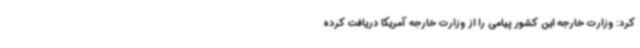
کرد: وزارت خارجه این کشور پیامی را از وزارت خارجه آمریکا دریافت کرده